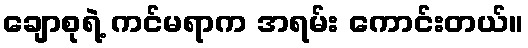
ချောစုရဲ့ ကင်မရာက အရမ်း ကောင်းတယ်။